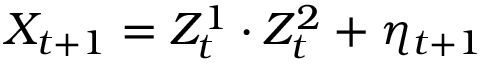
X _ { t + 1 } = Z _ { t } ^ { 1 } \cdot Z _ { t } ^ { 2 } + \eta _ { t + 1 }